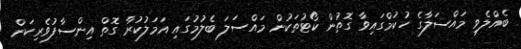
ބެއްލެވި މައްސަލާގެ ހުކުމްގައިވާ ގޮތުން ކޯޓުތަކުން މައްސަލަ ބެލުމުގައި އަމަލުކުރާ ގޮތް އިންސާފުވެރިކަން